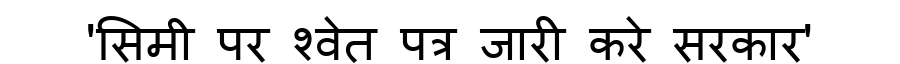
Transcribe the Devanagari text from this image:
'सिमी पर श्वेत पत्र जारी करे सरकार'